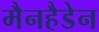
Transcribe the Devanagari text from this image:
मैनहैडेन